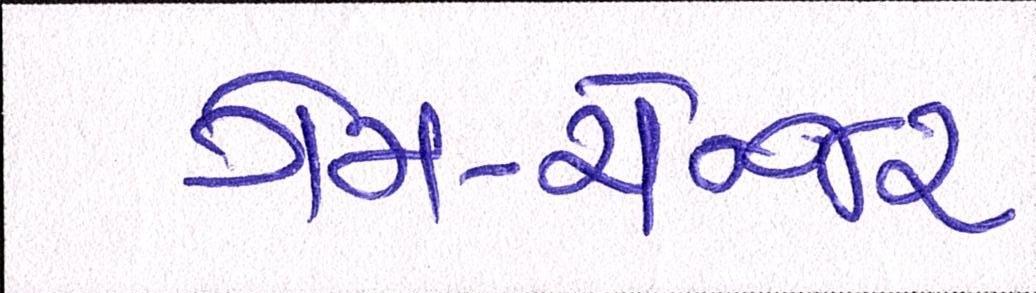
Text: ગેમ-ચેન્જર